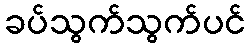
ခပ်သွက်သွက်ပင်